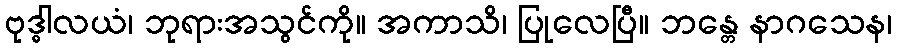
ဗုဒ္ဓါလယံ၊ ဘုရားအသွင်ကို။ အကာသိ၊ ပြုလေပြီ။ ဘန္တေ နာဂသေန၊